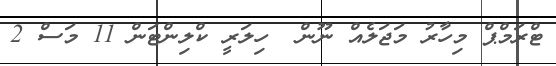
ޓްރަމްޕް މިހާރު މަޖަލެއް ނޫން  ހިލަރީ ކްލިންޓަން 11 މަސް 2